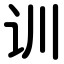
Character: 训